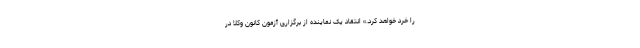
را خرد خواهد کرد.» انتقاد یک نماینده از برگزاری آزمون کانون وکلا در